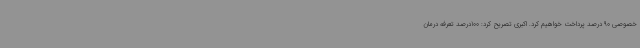
خصوصی 90 درصد پرداخت خواهیم کرد. اکبری تصریح کرد: 100درصد تعرفه درمان